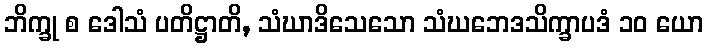
ဘိက္ခု စ ဒေါသံ ပတိဋ္ဌာတိ, သံဃာဒိသေသော သံဃဘေဒသိက္ခာပဒံ ၁၀ ယော